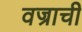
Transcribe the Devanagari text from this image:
वज्राची